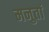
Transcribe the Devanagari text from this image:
मनुतां